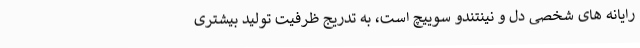
رایانه های شخصی دل و نینتندو سوییچ است، به تدریج ظرفیت تولید بیشتری